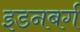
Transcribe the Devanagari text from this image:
इडनबर्ग